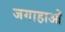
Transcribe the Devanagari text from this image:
जगाहाओं